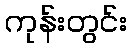
ကုန်းတွင်း